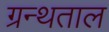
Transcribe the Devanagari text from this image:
ग्रन्थताल